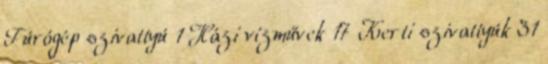
Fúrógép szivattyú 1 Házi vízművek 17 Kerti szivattyúk 31